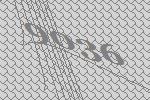
9036